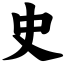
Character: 史